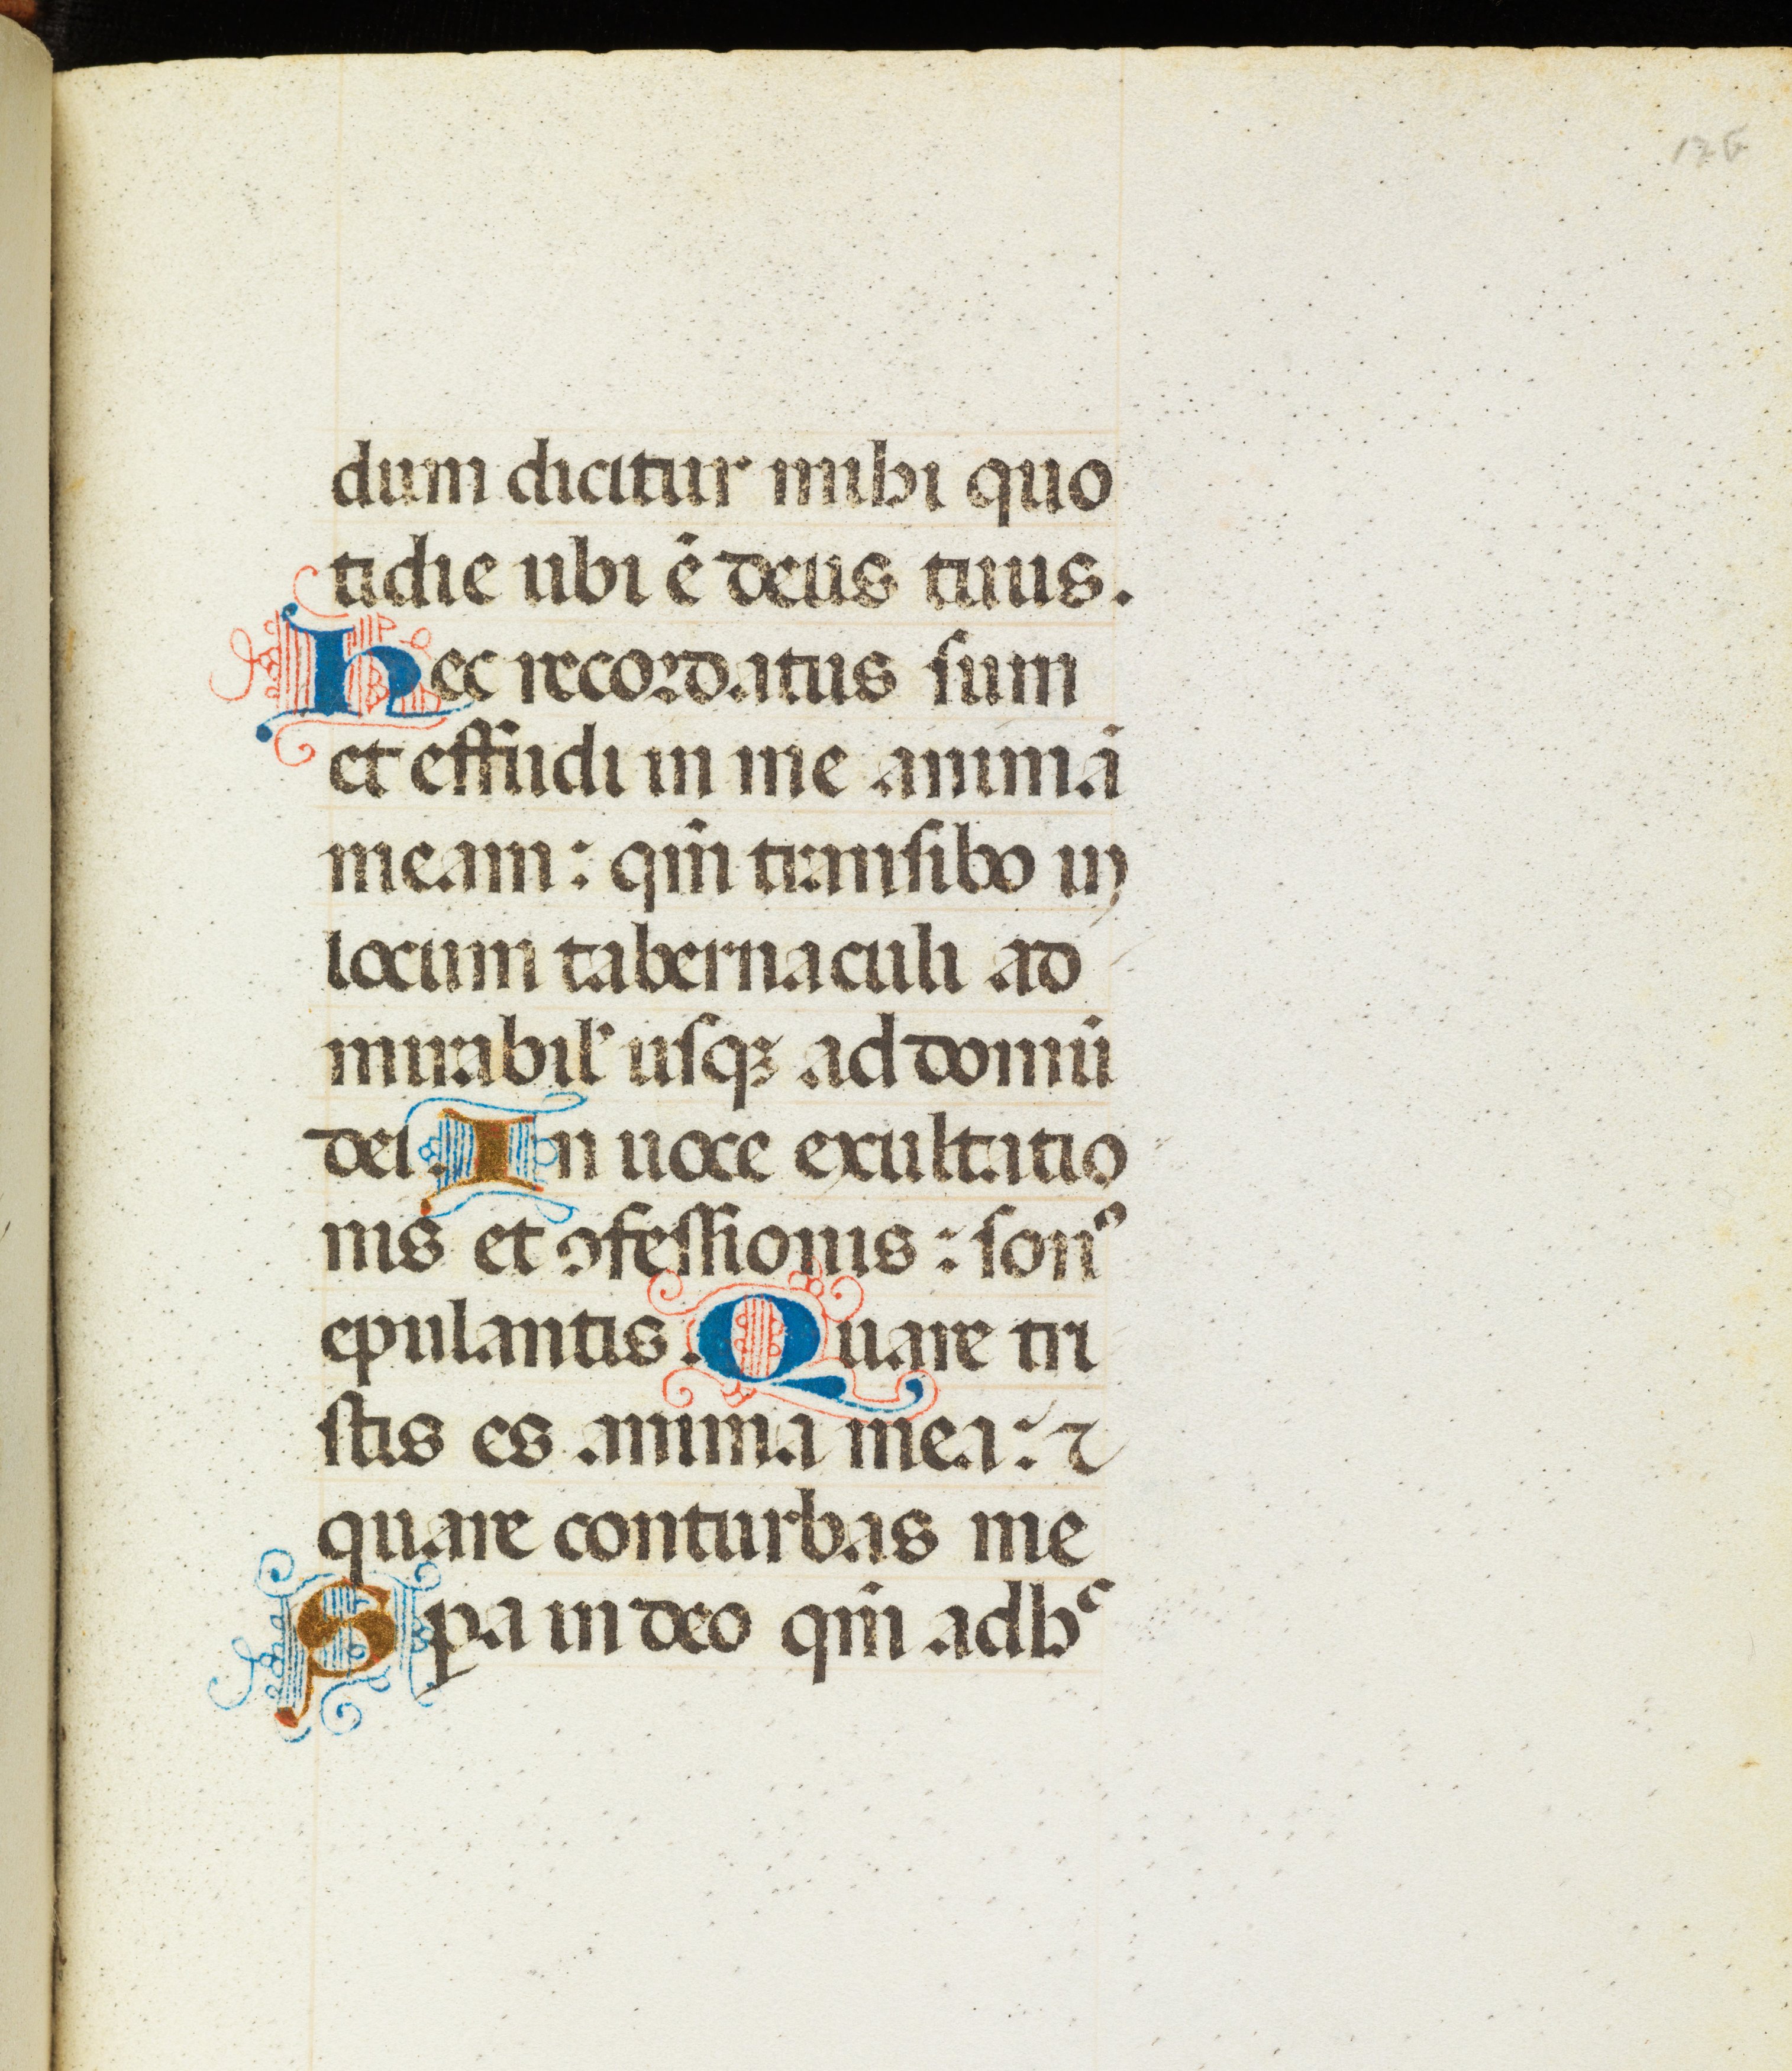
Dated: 1470–1475